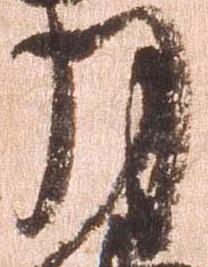
月